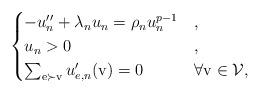
LaTeX: \begin{align*}\begin{cases}-u_n''+\lambda_n u_n = \rho_n u_n^{p-1} & , \\u_n>0 & , \\\sum_{\rm{e} \succ \rm{v}} u_{e,n}'(\rm{v}) = 0& \forall \rm{v} \in \mathcal{V},\end{cases}\end{align*}